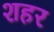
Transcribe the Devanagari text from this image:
शहर